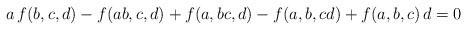
\begin{align*} a\,f(b,c,d) -f(ab,c,d) + f(a,bc,d) -f(a,b,cd) +f(a,b,c)\, d = 0\end{align*}